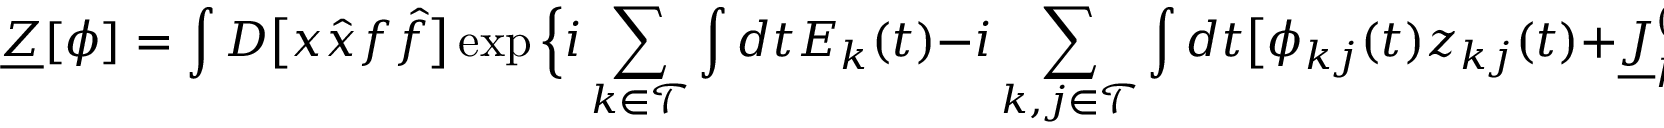
\underline { { Z } } [ \boldsymbol { \phi } ] = \int D \big [ x \hat { x } f \hat { f } \big ] \exp \Big \{ i \sum _ { k \in \mathcal { T } } \int d t E _ { k } ( t ) - i \sum _ { k , j \in \mathcal { T } } \int d t \big [ \phi _ { k j } ( t ) z _ { k j } ( t ) + \underline { { J } } _ { k j } ^ { ( t t ) } x _ { j } ( t ) \hat { f } _ { k } ( t ) \big ] \Big \}